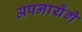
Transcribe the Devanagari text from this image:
अपनायेंगे